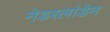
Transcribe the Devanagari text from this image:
नेडरलांडेन